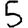
Digit: 5